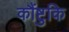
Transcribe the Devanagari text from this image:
कौंष्टुकि